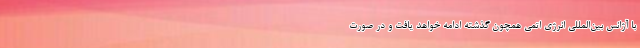
با آژانس بین‌المللی انرژی اتمی همچون گذشته ادامه خواهد یافت و در صورت